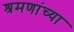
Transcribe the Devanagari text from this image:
श्रमणांच्या